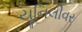
યૂનિલીવર